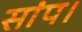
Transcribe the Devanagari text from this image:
सांप।